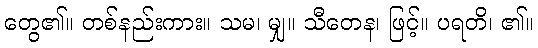
တွေ၏။ တစ်နည်းကား။ သမ၊ မျှ။ သီတေန၊ ဖြင့်။ ပရတိ၊ ၏။